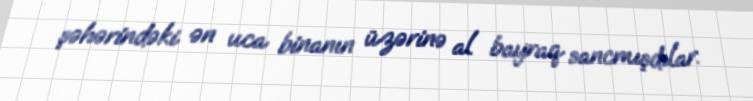
şəhərindəki ən uca binanın üzərinə al bayraq sancmışdılar.